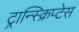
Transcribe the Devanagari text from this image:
ट्रान्स्क्रिप्टेस